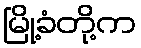
မြို့ခံတို့က